Vaccination in Bombay 1924-1928 - 1924-1928
Year: 1924
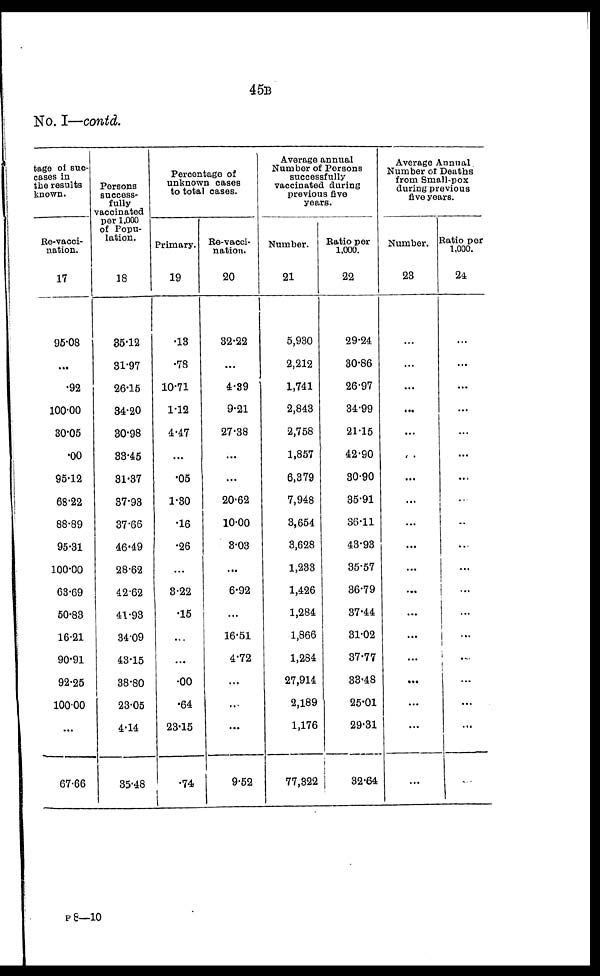
45B
No. I—contd.
tage of suc-
cases in
the results
known.
Re-vacci-
nation.
17
95.08
...
.92
100.00
30.05
.00
95.12
68.22
88.89
95.31
100.00
63.69
50.83
16.21
90.91
92.25
100.00
...
67.66
Persons
success-
fully
vaccinated
per 1,000
of Popu-
lation.
18
35.12
31.97
26.15
34.20
30.98
33.45
31.37
37.93
37.66
46.49
28.62
42.62
41.93
34.09
43.15
38.80
23.05
4.14
35.48
Percentage of
unknown cases
to total cases.
Primary.
19
.13
.78
10.71
1.12
4.47
...
.05
1.30
.16
.26
...
3.22
.15
...
...
.00
.64
23.15
.74
Re-vacci-
nation.
20
32.22
...
4.39
9.21
27.38
...
...
20.62
10.00
3.03
...
6.92
...
16.51
4.72
...
...
...
9.52
Average annual
Number of Persons
successfully
vaccinated during
previous five
years.
Number.
21
5,930
2,212
1,741
2,843
2,758
1,857
6,379
7,948
3,654
3,628
1,233
1,426
1,284
1,866
1,284
27,914
2,189
1,176
77,322
Ratio per
1,000.
22
29.24
30.86
26.97
34.99
21.15
42.90
30.90
35.91
36.11
43.93
35.57
36.79
37.44
31.02
37.77
33.48
25.01
29.31
32.64
Average Annual
Number of Deaths
from Small-pox
during previous
five years.
Number.
23
...
...
...
...
...
...
...
...
...
...
...
...
...
...
...
...
...
...
...
Ratio per
1,000.
24
...
...
...
...
...
...
...
...
..
...
...
...
...
...
...
...
...
...
...
P8—10